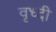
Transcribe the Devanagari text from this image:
वृध्दी